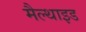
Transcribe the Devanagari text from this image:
मैल्थाइड